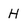
Character: H